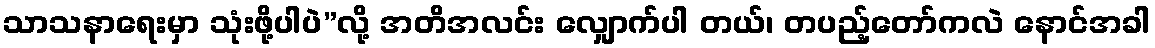
သာသနာရေးမှာ သုံးဖို့ပါပဲ”လို့ အတိအလင်း လျှောက်ပါ တယ်၊ တပည့်တော်ကလဲ နောင်အခါ